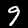
Digit: 9